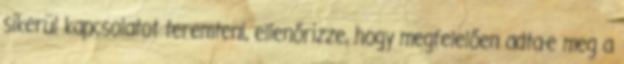
sikerül kapcsolatot teremteni, ellenőrizze, hogy megfelelően adta-e meg a